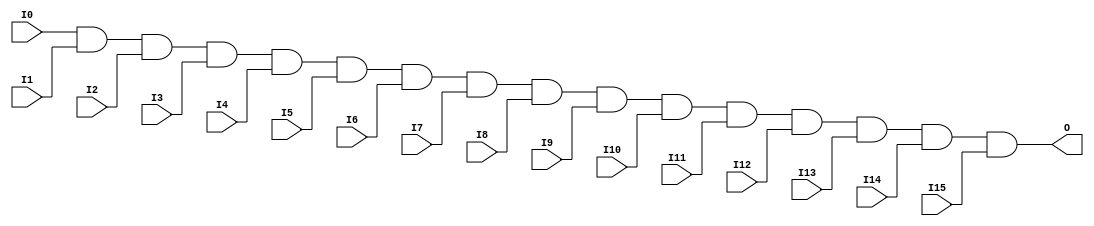
//    Xilinx Proprietary Primitive Cell X_AND16 for Verilog
//
// $Header: /devl/xcs/repo/env/Databases/CAEInterfaces/verplex_libs/data/simprims/X_AND16.v,v 1.3.198.3 2004/09/28 20:47:45 wloo Exp $
//

`celldefine
`timescale 1 ps/1 ps

module X_AND16 (O, I0, I1, I2, I3, I4, I5, I6, I7,
                I8, I9, I10, I11, I12, I13, I14, I15);

  output O;
  input I0, I1, I2, I3, I4, I5, I6, I7,
        I8, I9, I10, I11, I12, I13, I14, I15;

  and (O, I0, I1, I2, I3, I4, I5, I6, I7,
       I8, I9, I10, I11, I12, I13, I14, I15);

endmodule